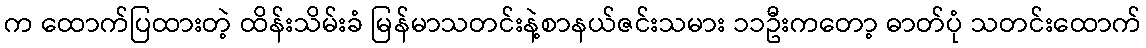
က ထောက်ပြထားတဲ့ ထိန်းသိမ်းခံ မြန်မာသတင်းနဲ့စာနယ်ဇင်းသမား ၁၁ဦးကတော့ ဓာတ်ပုံ သတင်းထောက်